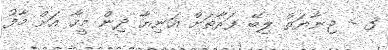
3 - ޖިނާޔަތް ލިބޭ ފަރާތަށް އަނިޔާ ދިން މީހާ އަށް މާފު